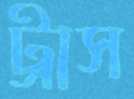
ট্রাস